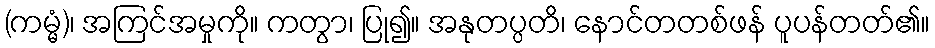
(ကမ္မံ)၊ အကြင်အမှုကို။ ကတွာ၊ ပြု၍။ အနုတပ္ပတိ၊ နောင်တတစ်ဖန် ပူပန်တတ်၏။